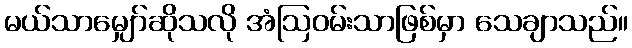
မယ်သာမျှော်ဆိုသလို အံဩဝမ်းသာဖြစ်မှာ သေချာသည်။